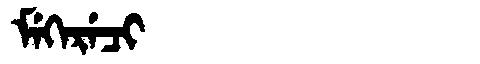
Manchu: ᠮᡝᡴᡝᡵᡝᠴᡳ
Romanization: MEKERECI